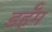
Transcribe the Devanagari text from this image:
डर्हॅम